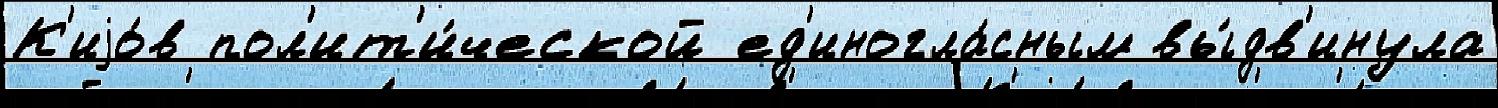
К'иjо́в пол'ит'и́ческой ед'иногла́сным вы́дв'инула